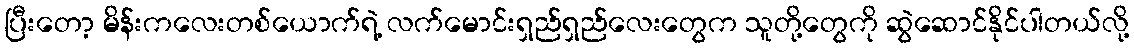
ပြီးတော့ မိန်းကလေးတစ်ယောက်ရဲ့ လက်မောင်းရှည်ရှည်လေးတွေက သူတို့တွေကို ဆွဲဆောင်နိုင်ပါတယ်လို့